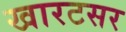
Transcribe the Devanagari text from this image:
खारटसर